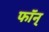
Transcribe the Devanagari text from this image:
फॉन्